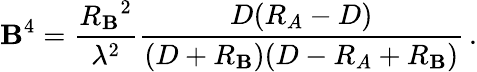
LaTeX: \mathbf{B}^{4}={\frac{{{R_{\mathbf{B}}}^{2}}}{{\lambda^{2}}}}{\frac{{D(R_{A}-D)}}{{(D+R_{\mathbf{B}})(D-R_{A}+R_{\mathbf{B}})}}}\, .